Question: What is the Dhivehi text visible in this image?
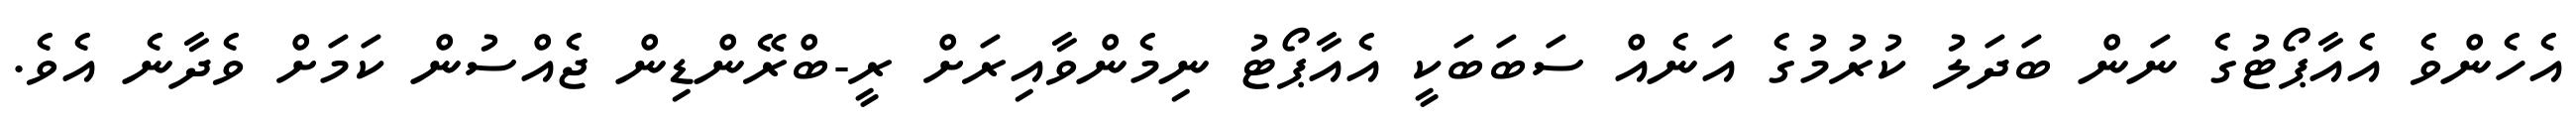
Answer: އެހެންވެ އެއާޕޯޓުގެ ނަން ބަދަލު ކުރުމުގެ އަނެއް ސަބަބަކީ އެއާޕޯޓު ނިމެންވާއިރަށް ރީ-ބްރޭންޑިން ޖެއްސުން ކަމަށް ވެދާނެ އެވެ.